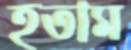
হতাম